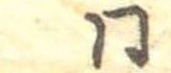
同